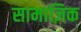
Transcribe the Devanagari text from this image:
सामाज़िक